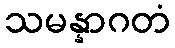
သမန္နာဂတံ